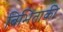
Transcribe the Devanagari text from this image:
बिभिताकी